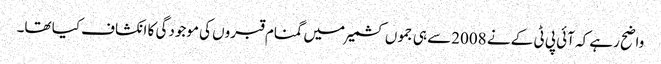
واضح رہے کہ آئی پی ٹی کے نے 2008سے ہی جموں کشمیر میں گمنام قبروں کی موجودگی کا انکشاف کیا تھا۔